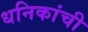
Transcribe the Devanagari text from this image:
धनिकांची